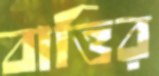
বাত্তির